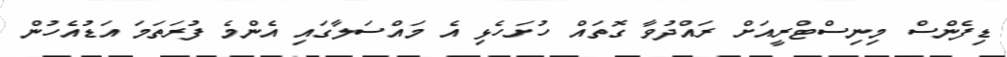
ޑިފެންސް މިނިސްޓްރީއަށް ރައްދުވާ ގޮތައް ހުށަހެޅި އެ މައްސަލާގައި އެންމެ ފުރަތަމަ އަޑުއެހުން